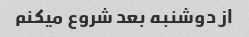
از دوشنبه بعد شروع میکنم